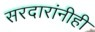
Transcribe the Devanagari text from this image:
सरदारांनीही